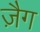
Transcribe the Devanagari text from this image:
ज़ैग